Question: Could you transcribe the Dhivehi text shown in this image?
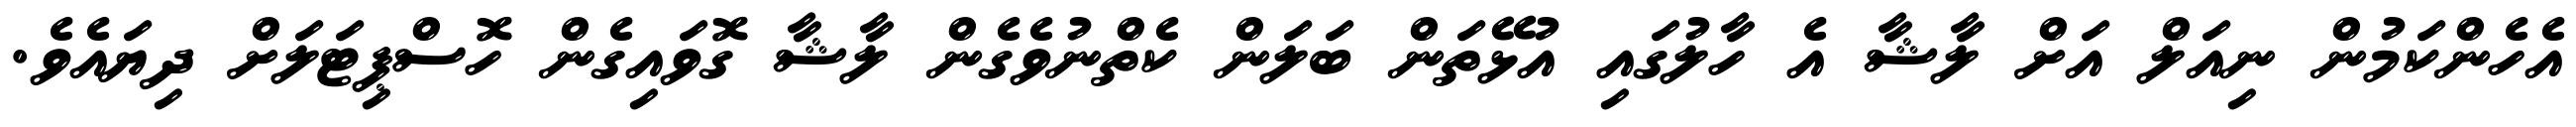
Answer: އެހެންކަމުން ނިއަލް އަށް ލާޝާ އެ ހާލުގައި އުޅޭތަން ބަލަން ކެތްނުވެގެން ލާޝާ ގޮވައިގެން ހޮސްޕިޓަލަށް ދިޔައެވެ.